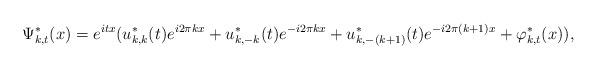
LaTeX: \begin{align*}\Psi_{k,t}^{\ast}(x)=e^{itx}(u_{k,k}^{\ast}(t)e^{i2\pi kx}+u_{k,-k}^{\ast}(t)e^{-i2\pi kx}+u_{k,-(k+1)}^{\ast}(t)e^{-i2\pi(k+1)x}+\varphi_{k,t}^{\ast}(x)),\end{align*}